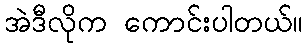
အဲဒီလိုက ကောင်းပါတယ်။